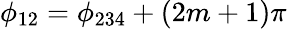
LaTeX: \phi_{12}=\phi_{234}+(2m+1)\pi